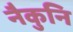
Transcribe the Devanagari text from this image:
नैकुनि